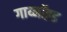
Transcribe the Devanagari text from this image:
गाय्नॉइड